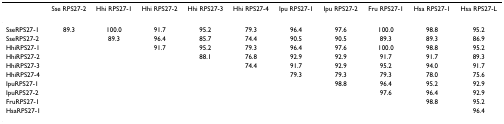
|  | Sse RPS27-2 | Hhi RPS27-1 | Hhi RPS27-2 | Hhi RPS27-3 | Hhi RPS27-4 | Ipu RPS27-1 | Ipu RPS27-2 | Fru RPS27-1 | Hsa RPS27-1 | Hsa RPS27-L |
 | --- | --- | --- | --- | --- | --- | --- | --- | --- | --- | --- |
 | SseRPS27-1 | 89.3 | 100.0 | 91.7 | 95.2 | 79.3 | 96.4 | 97.6 | 100.0 | 98.8 | 95.2 |
 | SseRPS27-2 |  | 89.3 | 96.4 | 85.7 | 74.4 | 90.5 | 90.5 | 89.3 | 89.3 | 86.9 |
 | HhiRPS27-1 |  |  | 91.7 | 95.2 | 79.3 | 96.4 | 97.6 | 100.0 | 98.8 | 95.2 |
 | HhiRPS27-2 |  |  |  | 88.1 | 76.8 | 92.9 | 92.9 | 91.7 | 91.7 | 89.3 |
 | HhiRPS27-3 |  |  |  |  | 74.4 | 91.7 | 92.9 | 95.2 | 94.0 | 91.7 |
 | HhiRPS27-4 |  |  |  |  |  | 79.3 | 79.3 | 79.3 | 78.0 | 75.6 |
 | IpuRPS27-1 |  |  |  |  |  |  | 98.8 | 96.4 | 95.2 | 92.9 |
 | IpuRPS27-2 |  |  |  |  |  |  |  | 97.6 | 96.4 | 92.9 |
 | FruRPS27-1 |  |  |  |  |  |  |  |  | 98.8 | 95.2 |
 | HsaRPS27-1 |  |  |  |  |  |  |  |  |  | 96.4 |